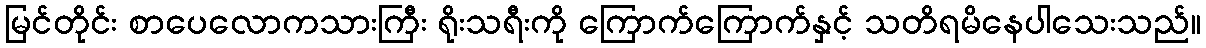
မြင်တိုင်း စာပေလောကသားကြီး ရိုးသရီးကို ကြောက်ကြောက်နှင့် သတိရမိနေပါသေးသည်။